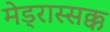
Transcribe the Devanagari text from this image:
मेड्रास्सक्क